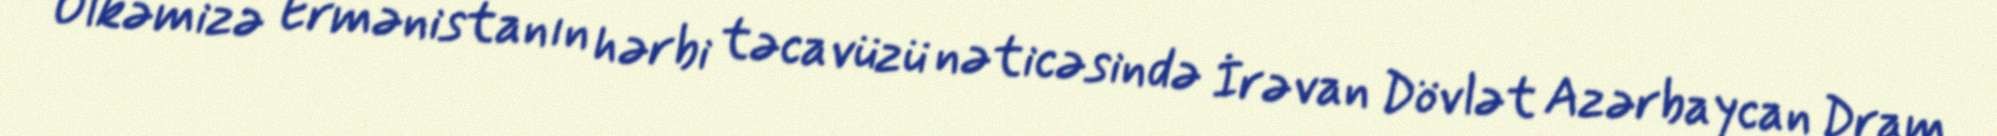
Ölkəmizə Ermənistanın hərbi təcavüzü nəticəsində İrəvan Dövlət Azərbaycan Dram